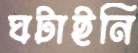
ঘটাইনি